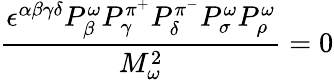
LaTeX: {\frac{\epsilon^{\alpha\beta\gamma\delta}P_{\beta}^{\omega}P_{\gamma}^{\pi^{+}}P_{\delta}^{\pi^{-}}P_{\sigma}^{\omega}P_{\rho}^{\omega}}{M_{\omega}^{2}}}=0